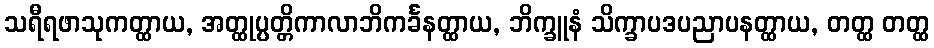
သရီရဖာသုကတ္ထာယ, အတ္ထုပ္ပတ္တိကာလာဘိကင်္ခနတ္ထာယ, ဘိက္ခူနံ သိက္ခာပဒပညာပနတ္ထာယ, တတ္ထ တတ္ထ